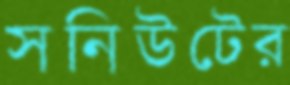
সনিউটের